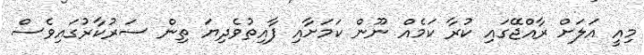
މިއީ އަލަށް ރާއްޖޭގައި ކުރާ ކަމެއް ނޫން ކަމަށާއި ފާއިތުވެދިޔަ ތިން ސަރުކާރުގައިވެސް